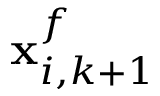
\mathbf { x } _ { i , k + 1 } ^ { f }